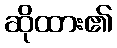
ဆိုထား၏